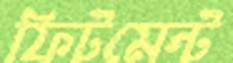
ফিটমেন্ট